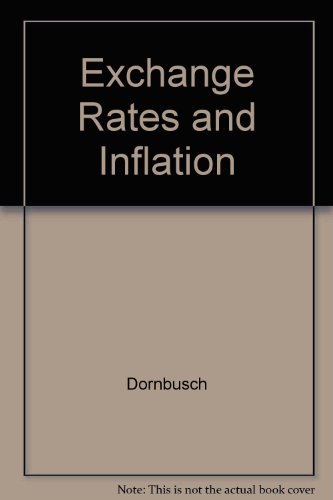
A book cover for Exchange Rates and Inflation; Rudiger Dornbusch; Business & Money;